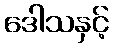
ဒေါသနှင့်